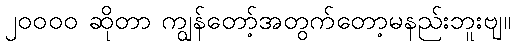
၂၀၀၀၀ ဆိုတာ ကျွန်တော့်အတွက်တော့မနည်းဘူးဗျ။